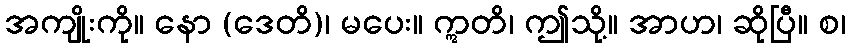
အကျိုးကို။ နော (ဒေတိ)၊ မပေး။ ဣတိ၊ ဤသို့။ အာဟ၊ ဆိုပြီ။ စ၊